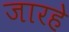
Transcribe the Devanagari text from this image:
जारहे